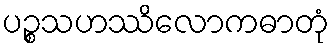
ပဉ္စသဟဿိလောကဓာတုံ